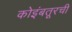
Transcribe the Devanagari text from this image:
कोइंबतूरची